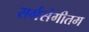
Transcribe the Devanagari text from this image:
सर्गसंगीतम